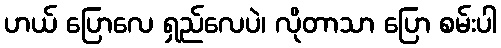
ဟယ် ပြောလေ ရှည်လေပဲ၊ လိုတာသာ ပြော စမ်းပါ